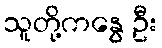
သူတို့ကနွေ ဦး